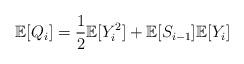
LaTeX: \begin{align*}\mathbb{E}[Q_i]=\frac{1}{2}\mathbb{E}[Y_i^2] + \mathbb{E}[S_{i-1}]\mathbb{E}[Y_i]\end{align*}